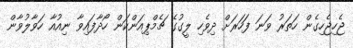
ޖެހިޖެހިގެން ހަތަރު ވަނަ ފަހަރަށް ދިވެހި ލީގުގެ ޗެމްޕިއަންކަން ހޯދާފައިވާ ނިއުއާ ހަވާލުވާން